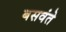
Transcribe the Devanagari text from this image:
बसवंते